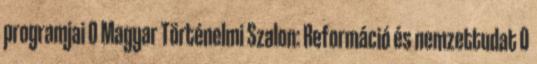
programjai 0 Magyar Történelmi Szalon: Reformáció és nemzettudat 0